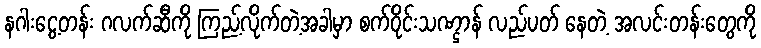
နဂါးငွေ့တန်း ဂလက်ဆီကို ကြည့်လိုက်တဲ့အခါမှာ စက်ဝိုင်းသဏ္ဌာန် လည်ပတ် နေတဲ့ အလင်းတန်းတွေကို